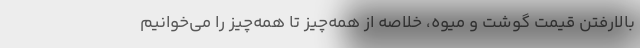
بالا‌رفتن قیمت گوشت و میوه، خلاصه از همه‌چیز تا همه‌چیز را می‌خوانیم